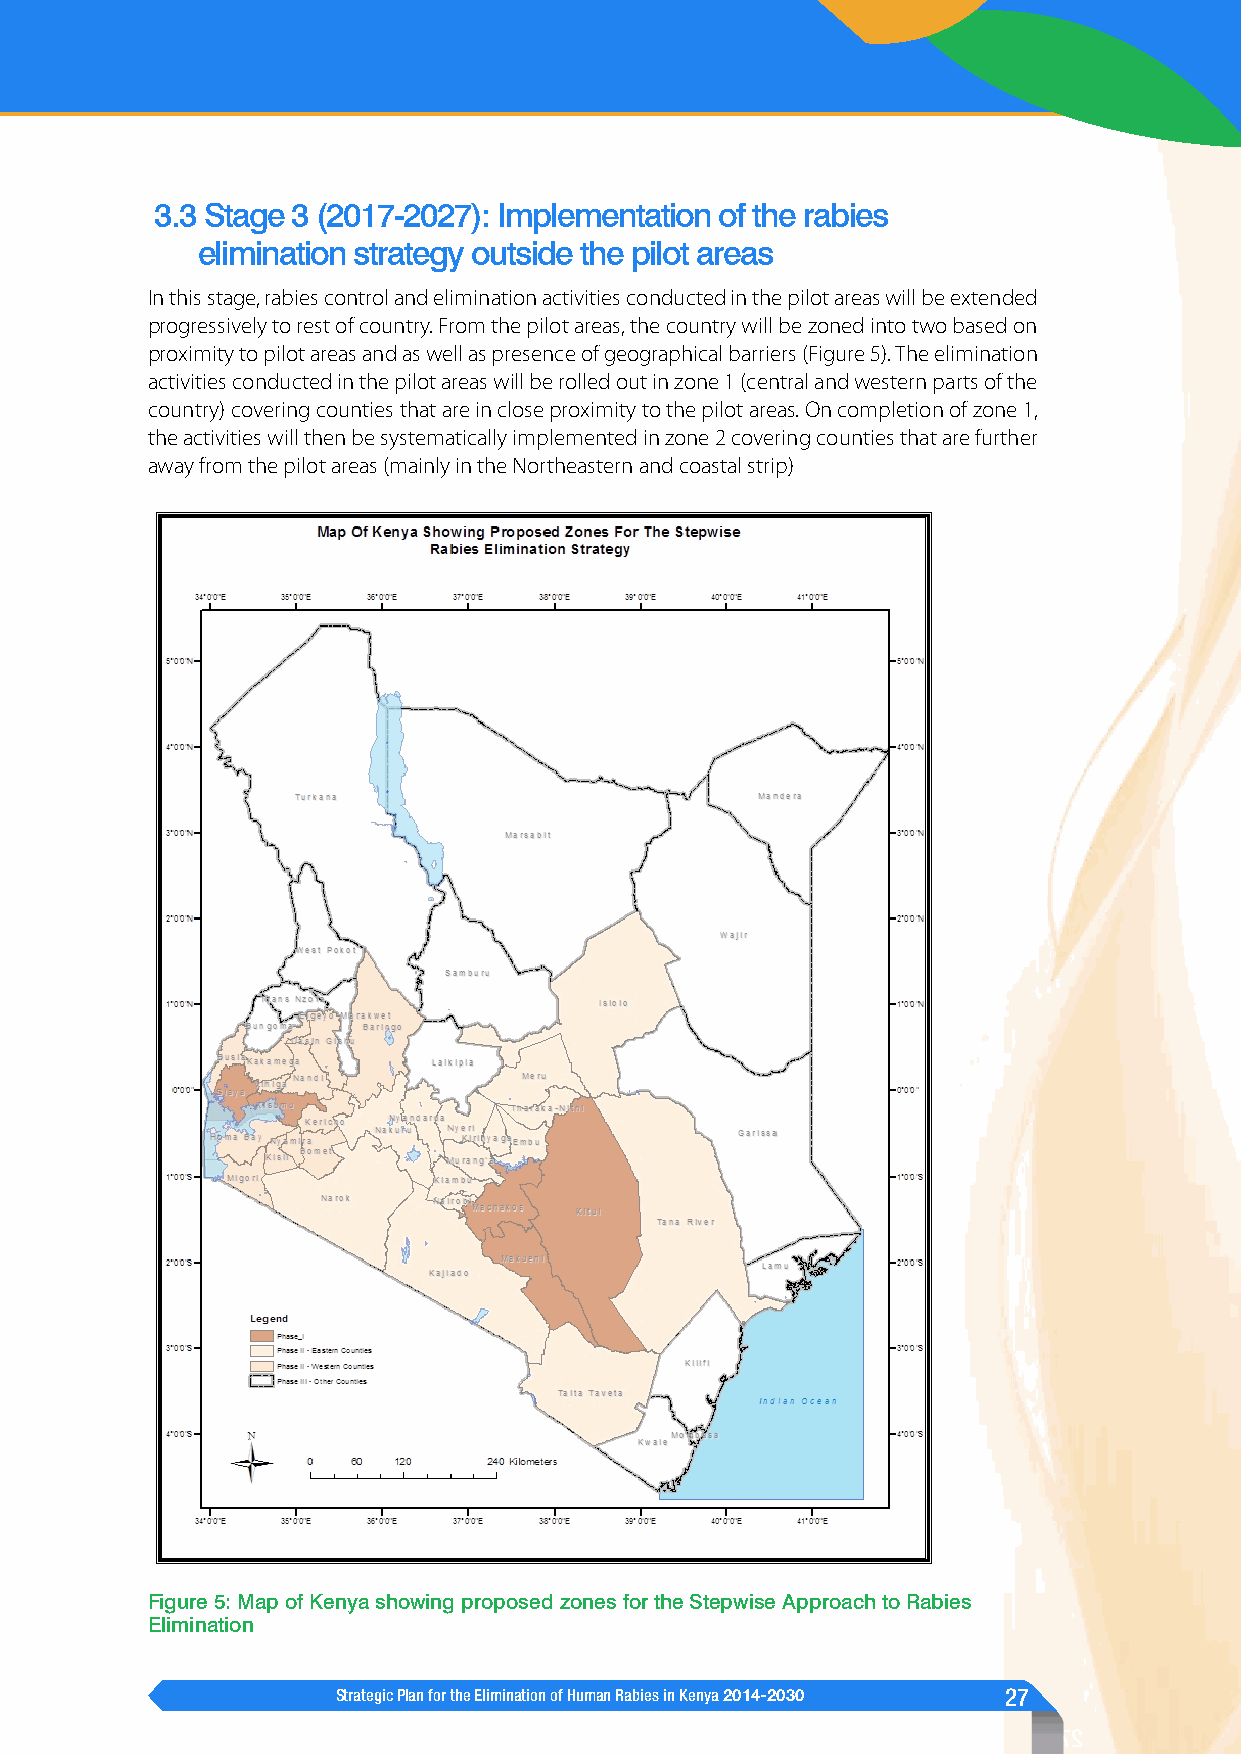
3.3 Stage 3 (2017-2027): Implementation of the rabies
 elimination strategy outside the pilot areas
 In this stage, rabies control and elimination activities conducted in the pilot areas will be extended
 progressively to rest of country. From the pilot areas, the country will be zoned into two based on
 proximity to pilot areas and as well as presence of geographical barriers (Figure 5). The elimination
 activities conducted in the pilot areas will be rolled out in zone 1 (central and western parts of the
 country) covering counties that are in close proximity to the pilot areas. On completion of zone 1,
 the activities will then be systematically implemented in zone 2 covering counties that are further
 away from the pilot areas (mainly in the Northeastern and coastal strip)
 Figure 5: Map of Kenya showing proposed zones for the Stepwise Approach to Rabies
 Elimination
 Strategic Plan for the Elimination of Human Rabies in Kenya 2014-2030 27
 7 2